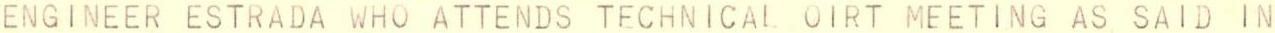
ENGINEER ESTRADA WHO ATTENDS TECHNICAL OIRT MEETING AS SAID IN